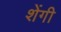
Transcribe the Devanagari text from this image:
शेंगी